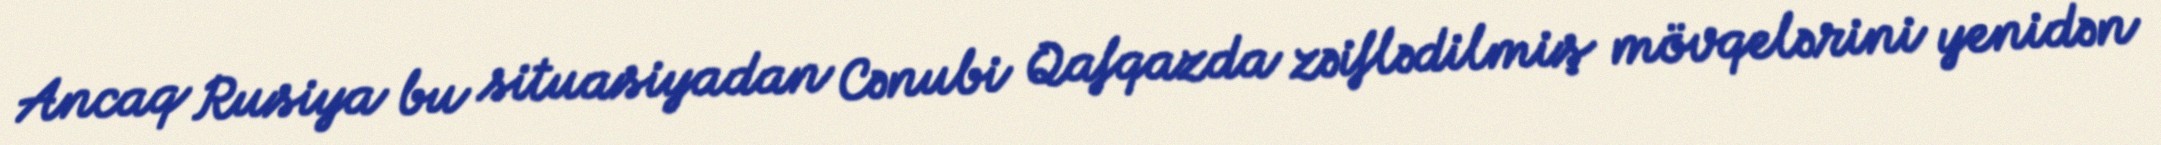
Ancaq Rusiya bu situasiyadan Cənubi Qafqazda zəiflədilmiş mövqelərini yenidən